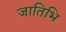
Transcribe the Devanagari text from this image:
जातिभि